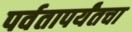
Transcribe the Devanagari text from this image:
पर्वतापर्यंतचा